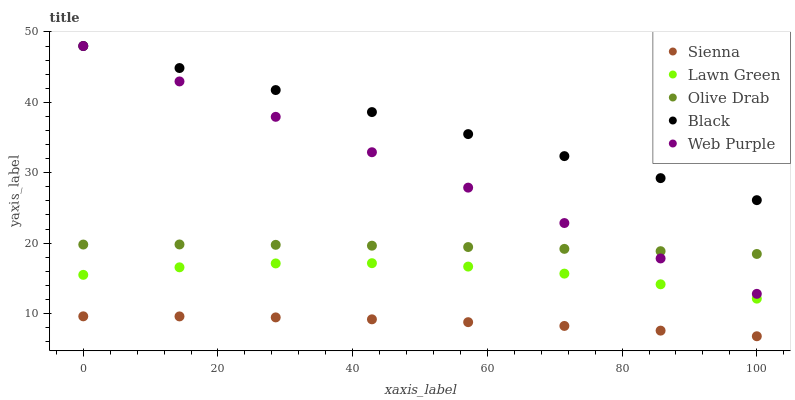
| xaxis_label | Sienna | Lawn Green | Olive Drab | Black | Web Purple |
 | --- | --- | --- | --- | --- | --- |
 | 0 | 9.6 | 15.5 | 19.8 | 48 | 48 |
 | 14.3 | 9.59 | 16.6 | 19.8 | 44.9 | 43 |
 | 28.6 | 9.45 | 17.1 | 19.8 | 41.7 | 37.9 |
 | 42.9 | 9.17 | 17.1 | 19.6 | 38.6 | 32.9 |
 | 57.1 | 8.77 | 16.7 | 19.4 | 35.5 | 27.9 |
 | 71.4 | 8.23 | 15.7 | 19.2 | 32.4 | 22.9 |
 | 85.7 | 7.57 | 14.1 | 18.9 | 29.2 | 17.8 |
 | 100 | 6.77 | 12.1 | 18.5 | 26.1 | 12.8 |